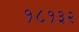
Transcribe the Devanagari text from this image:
१८१३२